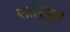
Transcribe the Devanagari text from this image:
सारिपुत